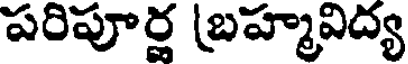
పరిపూర్ణ (బహ్మావిద్య